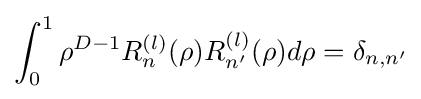
\int _{0}^{1}\rho ^{D-1}R_{n}^{(l)}(\rho )R_{n'}^{(l)}(\rho )d\rho =\delta _{n,n'}